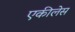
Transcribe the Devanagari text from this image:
एकीलेस